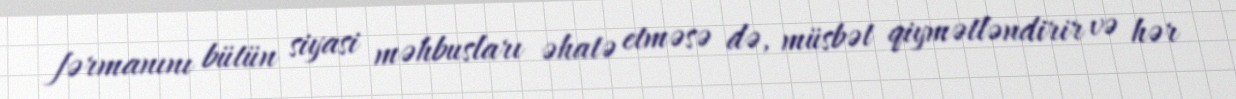
fərmanını bütün siyasi məhbusları əhatə etməsə də, müsbət qiymətləndirir və hər